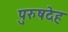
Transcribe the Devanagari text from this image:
पुरुषदेह